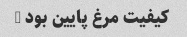
کیفیت مرغ پایین بود …